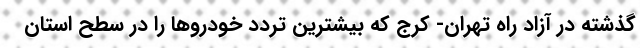
گذشته در آزاد راه تهران- کرج که بیشترین تردد خودروها را در سطح استان